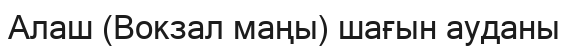
Алаш (Вокзал маңы) шағын ауданы